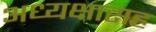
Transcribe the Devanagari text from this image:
अध्यक्षासह